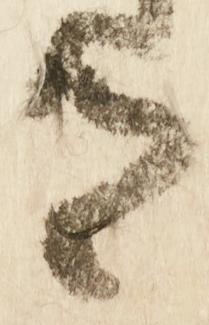
有